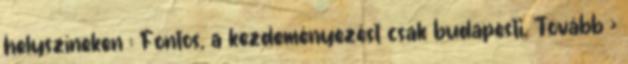
helyszíneken : Fontos, a kezdeményezést csak budapesti. Tovább ›